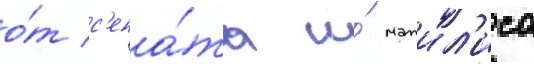
о́т с'ена́та и́ мажил'иса